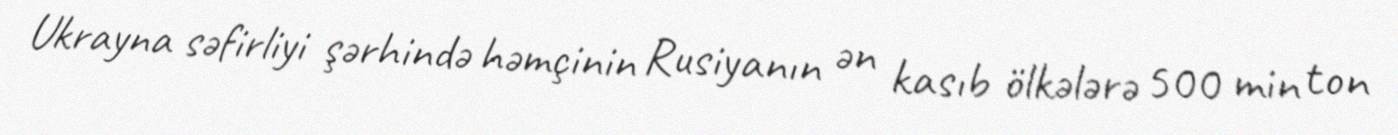
Ukrayna səfirliyi şərhində həmçinin Rusiyanın ən kasıb ölkələrə 500 min ton